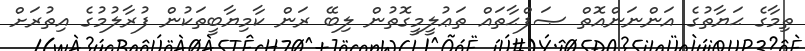
ތިމާގެ ޙަޔާތުގެ އަންނަންއޮތް ޞަފްޙާތައް ތަޢުލީމީގޮތުން ލިބޭ ރަން ކާމިޔާބީތަކުން ފުރާލުމުގެ އިތުރަށް